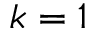
k = 1